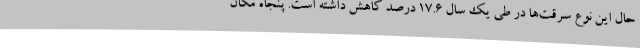
حال این نوع سرقت‌ها در طی یک سال ۱۷.۶ درصد کاهش داشته است. پنجاه مکان